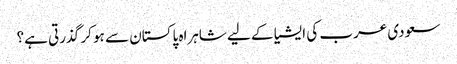
سعودی عرب کی ایشیا کے لیے شاہراہ پاکستان سے ہو کر گذرتی ہے؟